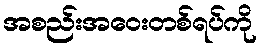
အစည်းအဝေးတစ်ရပ်ကို